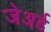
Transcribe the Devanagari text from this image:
जेअर्ड